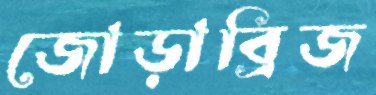
জোড়াব্রিজ